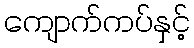
ကျောက်ကပ်နှင့်